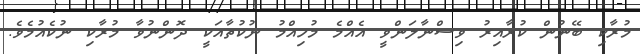
މުރާކި ބޭނުން ކުރާއިރު ވިސްނާލަންވީ އެއްމެ މުހިއްމު ނުކުތާއަކީ ދޮންނުވާ މުރާކި ނުކެއުމެވެ.